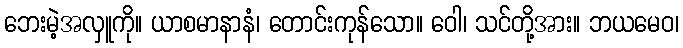
ဘေးမဲ့အလှူကို။ ယာစမာနာနံ၊ တောင်းကုန်သော။ ဝေါ၊ သင်တို့အား။ ဘယမေဝ၊